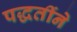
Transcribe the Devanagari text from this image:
पद्धतींने